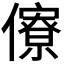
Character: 𠐟